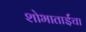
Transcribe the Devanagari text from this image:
शोभाताईंचा